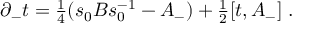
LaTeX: \partial _ { - } t = { \textstyle { \frac 1 4 } } ( s _ { 0 } B s _ { 0 } ^ { - 1 } - A _ { - } ) + { \textstyle { \frac 1 2 } } [ t , A _ { - } ] \ .